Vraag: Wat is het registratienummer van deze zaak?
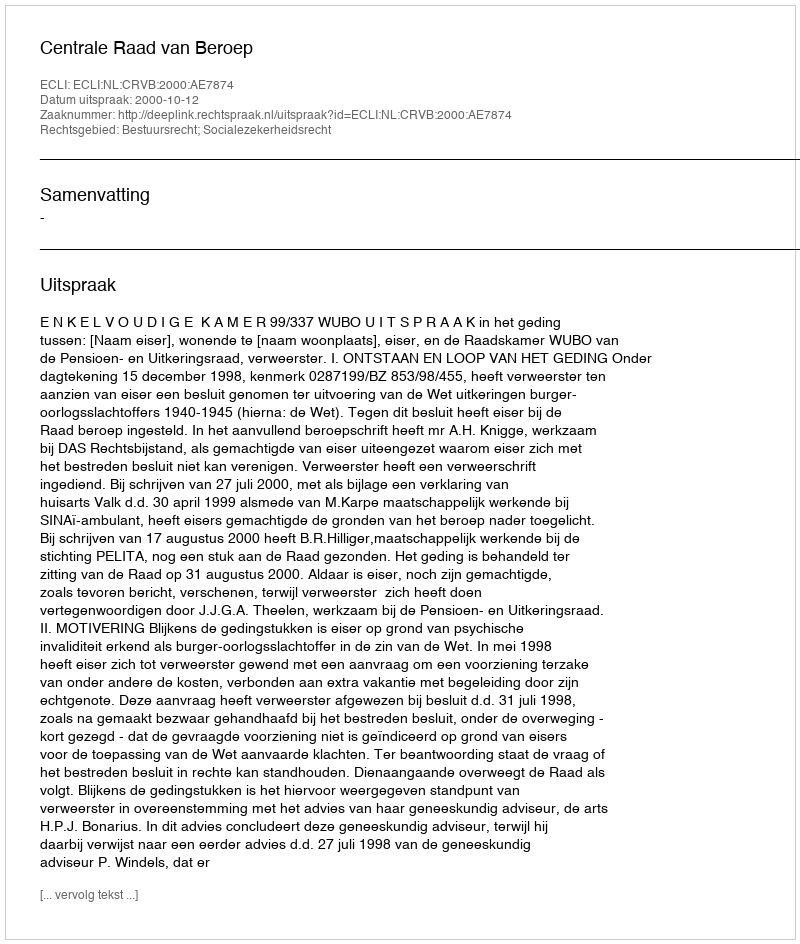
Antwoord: http://deeplink.rechtspraak.nl/uitspraak?id=ECLI:NL:CRVB:2000:AE7874